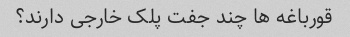
قورباغه ها چند جفت پلک خارجی دارند؟